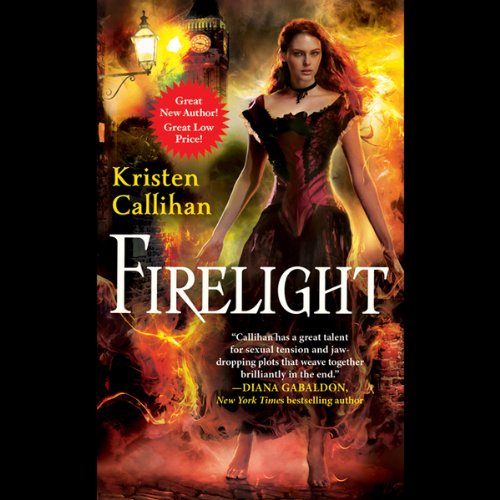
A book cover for Firelight: Darkest London, Book 1; Kristen Callihan; Romance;